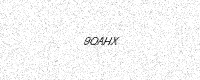
Text: 9QAHX